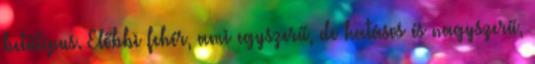
betűtípus. Előbbi fehér, ami egyszerű, de hatásos és nagyszerű,